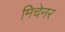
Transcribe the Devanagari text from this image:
मिचेनर